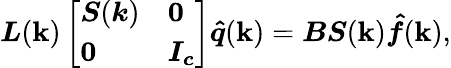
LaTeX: \boldsymbol{L}(\boldsymbol{\mathbf{k}})\left[\begin{array}{ll}{\boldsymbol{S}(\boldsymbol{k})}&{\boldsymbol{0}}\\ {\boldsymbol{0}}&{\boldsymbol{I_{c}}}\end{array}\right]\boldsymbol{\hat{{q}}}(\boldsymbol{\mathbf{k}})=\boldsymbol{B}\boldsymbol{S}(\boldsymbol{\mathbf{k}})\boldsymbol{\hat{{f}}}(\boldsymbol{\mathbf{k}}),